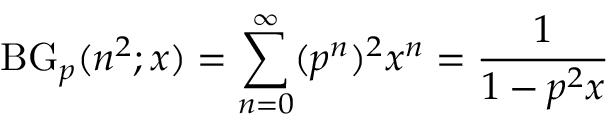
\operatorname { B G } _ { p } ( n ^ { 2 } ; x ) = \sum _ { n = 0 } ^ { \infty } ( p ^ { n } ) ^ { 2 } x ^ { n } = { \frac { 1 } { 1 - p ^ { 2 } x } }